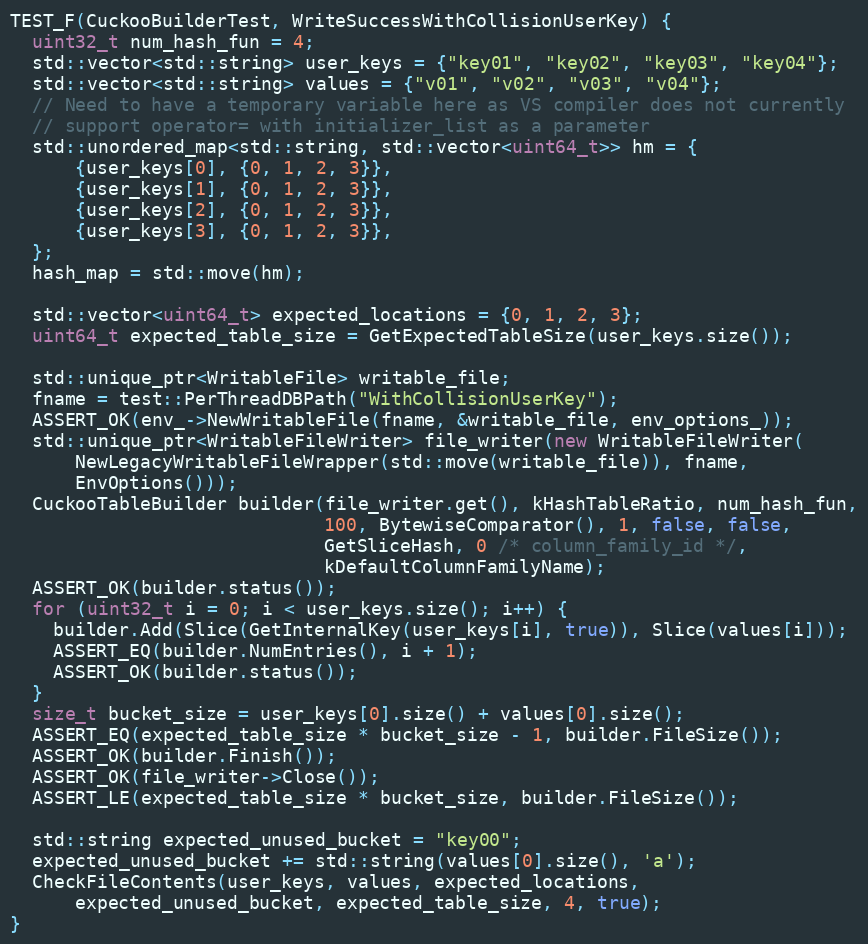
Language: C++
TEST_F(CuckooBuilderTest, WriteSuccessWithCollisionUserKey) {
  uint32_t num_hash_fun = 4;
  std::vector<std::string> user_keys = {"key01", "key02", "key03", "key04"};
  std::vector<std::string> values = {"v01", "v02", "v03", "v04"};
  // Need to have a temporary variable here as VS compiler does not currently
  // support operator= with initializer_list as a parameter
  std::unordered_map<std::string, std::vector<uint64_t>> hm = {
      {user_keys[0], {0, 1, 2, 3}},
      {user_keys[1], {0, 1, 2, 3}},
      {user_keys[2], {0, 1, 2, 3}},
      {user_keys[3], {0, 1, 2, 3}},
  };
  hash_map = std::move(hm);

  std::vector<uint64_t> expected_locations = {0, 1, 2, 3};
  uint64_t expected_table_size = GetExpectedTableSize(user_keys.size());

  std::unique_ptr<WritableFile> writable_file;
  fname = test::PerThreadDBPath("WithCollisionUserKey");
  ASSERT_OK(env_->NewWritableFile(fname, &writable_file, env_options_));
  std::unique_ptr<WritableFileWriter> file_writer(new WritableFileWriter(
      NewLegacyWritableFileWrapper(std::move(writable_file)), fname,
      EnvOptions()));
  CuckooTableBuilder builder(file_writer.get(), kHashTableRatio, num_hash_fun,
                             100, BytewiseComparator(), 1, false, false,
                             GetSliceHash, 0 /* column_family_id */,
                             kDefaultColumnFamilyName);
  ASSERT_OK(builder.status());
  for (uint32_t i = 0; i < user_keys.size(); i++) {
    builder.Add(Slice(GetInternalKey(user_keys[i], true)), Slice(values[i]));
    ASSERT_EQ(builder.NumEntries(), i + 1);
    ASSERT_OK(builder.status());
  }
  size_t bucket_size = user_keys[0].size() + values[0].size();
  ASSERT_EQ(expected_table_size * bucket_size - 1, builder.FileSize());
  ASSERT_OK(builder.Finish());
  ASSERT_OK(file_writer->Close());
  ASSERT_LE(expected_table_size * bucket_size, builder.FileSize());

  std::string expected_unused_bucket = "key00";
  expected_unused_bucket += std::string(values[0].size(), 'a');
  CheckFileContents(user_keys, values, expected_locations,
      expected_unused_bucket, expected_table_size, 4, true);
}